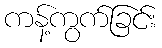
ကန့်ကွက်ခြင်း